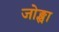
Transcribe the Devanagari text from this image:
जोङ्खा